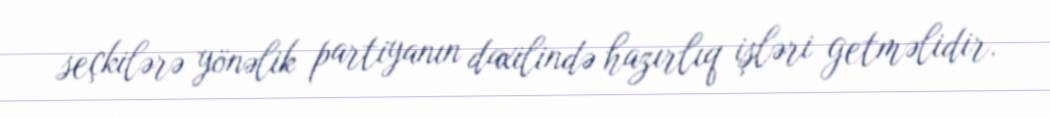
seçkilərə yönəlik partiyanın daxilində hazırlıq işləri getməlidir.